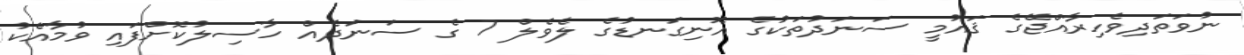
ނުވަތަދިވެހިރާއްޖޭގެ ޤައުމީ ސަނަދުތަކުގެ އޮނިގަނޑުގެ ލެވެލް 7 ގެ ސަނަދެއް ހާސިލުކޮށްފައި ވުމާއެކު